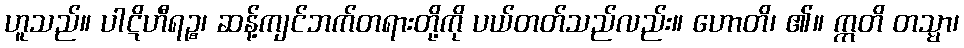
ဟူသည်။ ပါဋိဟီရဉ္စ၊ ဆန့်ကျင်ဘက်တရားတို့ကို ပယ်တတ်သည်လည်း။ ဟောတိ၊ ၏။ ဣတိ တသ္မာ၊